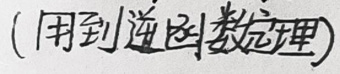
(用到逆函数定理)